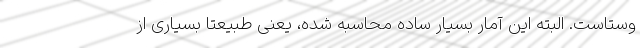
وستاست. البته این آمار بسیار ساده محاسبه شده، یعنی طبیعتا بسیاری از